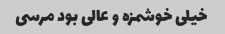
خیلی خوشمزه و عالی بود مرسی